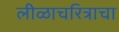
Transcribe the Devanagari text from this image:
लीळाचरित्राचा